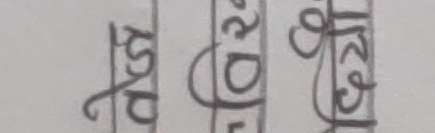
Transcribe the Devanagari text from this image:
किरा खेरा घेरा